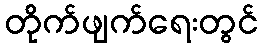
တိုက်ဖျက်ရေးတွင်